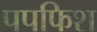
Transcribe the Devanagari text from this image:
पपफिश